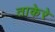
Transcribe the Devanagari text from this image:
ताकेरे